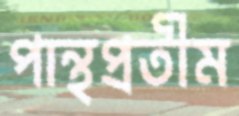
পান্থপ্রতীম